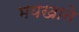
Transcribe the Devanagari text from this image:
भयखाने